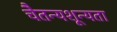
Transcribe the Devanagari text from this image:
चैतन्यशून्यता